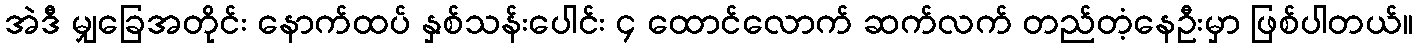
အဲဒီ မျှခြေအတိုင်း နောက်ထပ် နှစ်သန်းပေါင်း ၄ ထောင်လောက် ဆက်လက် တည်တံ့နေဦးမှာ ဖြစ်ပါတယ်။